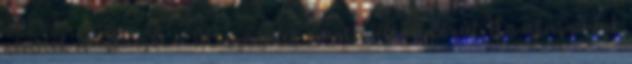
németek munkaerőt a 40 százalék munkanélküli közül Ha akarnának